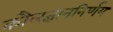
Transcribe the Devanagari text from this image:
कौलज्ञाननिर्णय